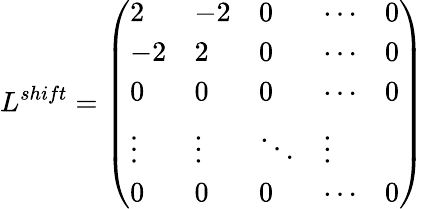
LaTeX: L^{shift}=\left(\begin{array}{lllll}{2}&{-2}&{0}&{\cdots}&{0}\\ {-2}&{2}&{0}&{\cdots}&{0}\\ {0}&{0}&{0}&{\cdots}&{0}\\ {\vdots}&{\vdots}&{\ddots}&{\vdots}\\ {0}&{0}&{0}&{\cdots}&{0}\end{array}\right)